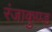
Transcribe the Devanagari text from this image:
रंजाकुण्ड